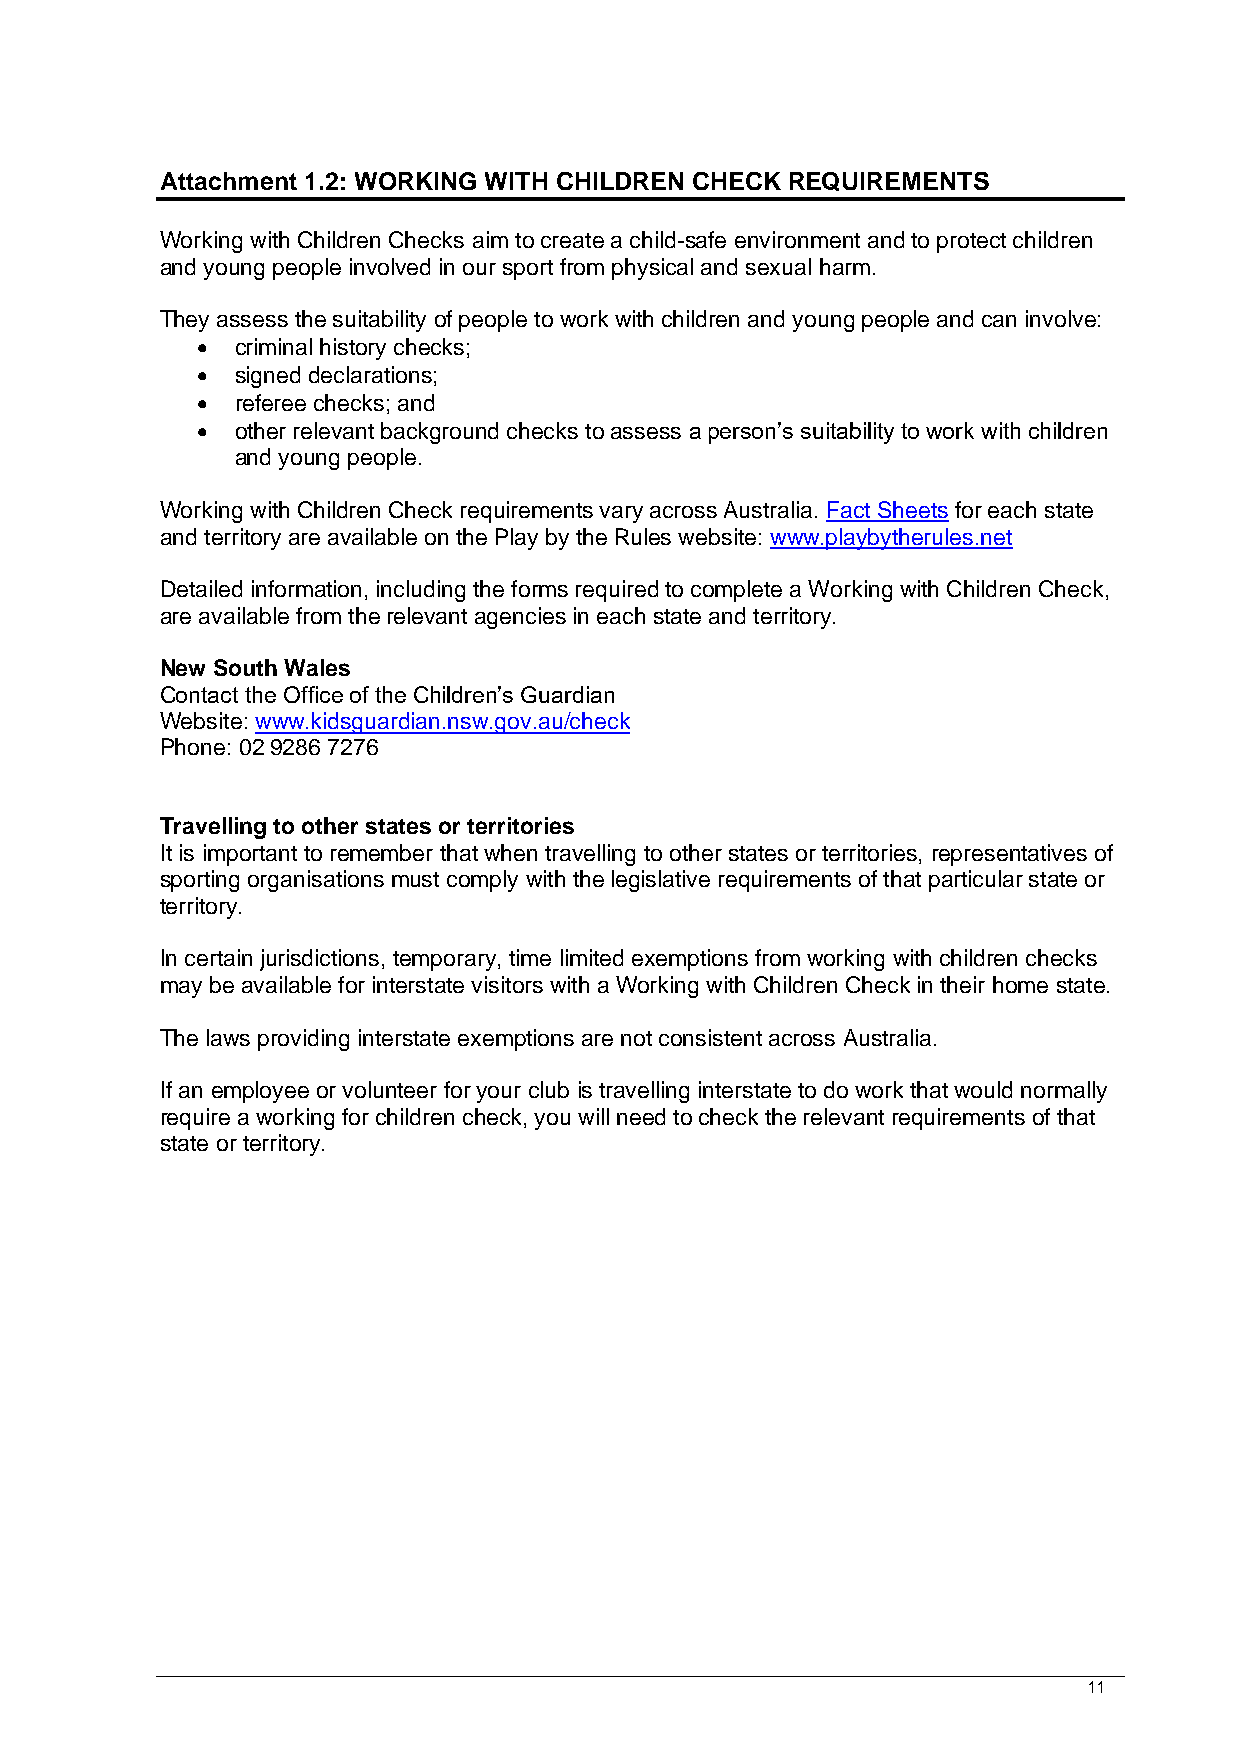
Attachment 1.2: WORKING WITH CHILDREN CHECK REQUIREMENTS
 Working with Children Checks aim to create a child-safe environment and to protect children
 and young people involved in our sport from physical and sexual harm.
 They assess the suitability of people to work with children and young people and can involve:
 •  criminal history checks;
 •  signed declarations;
 •  referee checks; and
 •  other relevant background checks to assess a person’s suitability to work with children
 and young people.
 Working with Children Check requirements vary across Australia. Fact Sheets for each state
 and territory are available on the Play by the Rules website: www.playbytherules.net
 Detailed information, including the forms required to complete a Working with Children Check,
 are available from the relevant agencies in each state and territory.
 New South Wales
 Contact the Office of the Children’s Guardian
 Website: www.kidsguardian.nsw.gov.au/check
 Phone: 02 9286 7276
 Travelling to other states or territories
 It is important to remember that when travelling to other states or territories, representatives of
 sporting organisations must comply with the legislative requirements of that particular state or
 territory.
 In certain jurisdictions, temporary, time limited exemptions from working with children checks
 may be available for interstate visitors with a Working with Children Check in their home state.
 The laws providing interstate exemptions are not consistent across Australia.
 If an employee or volunteer for your club is travelling interstate to do work that would normally
 require a working for children check, you will need to check the relevant requirements of that
 state or territory.
 11